Report on vaccination in the Province of Bengal - 1869-1873
Year: 1869
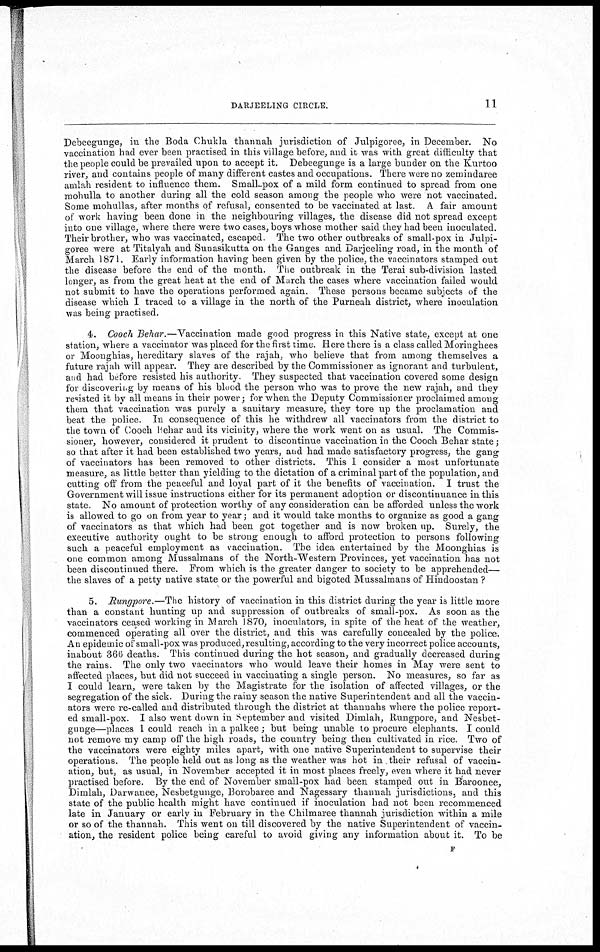
DARJEELING CIRCLE.
11
Debeegunge, in the Boda Chukla thannah jurisdiction of Julpigoree, in December. No
vaccination had ever been practised in this village before, and it was with great difficulty that
the people could be prevailed upon to accept it. Debeegunge is a large bunder on the Kurtoo
river, and contains people of many different castes and occupations. There were no zemindaree
amlah resident to influence them. Small-pox of a mild form continued to spread from one
mohulla to another during all the cold season among the people who were not vaccinated.
Some mohullas, after months of refusal, consented to be vaccinated at last. A fair amount
of work having been done in the neighbouring villages, the disease did not spread except
into one village, where there were two cases, boys whose mother said they had been inoculated.
Their brother, who was vaccinated, escaped. The two other outbreaks of small-pox in Julpi-
goree were at Titalyah and Sunasikutta on the Ganges and Darjeeling road, in the month of
March 1871. Early information having been given by the police, the vaccinators stamped out
the disease before the end of the month. The outbreak in the Terai sub-division lasted
longer, as from the great heat at the end of March the cases where vaccination failed would
not submit to have the operations performed again. These persons became subjects of the
disease which I traced to a village in the north of the Purneah district, where inoculation
was being practised.
4. Cooch Behar.—Vaccination made good progress in this Native state, except at one
station, where a vaccinator was placed for the first time. Here there is a class called Moringhees
or Moonghias, hereditary slaves of the rajah, who believe that from among themselves a
future rajah will appear. They are described by the Commissioner as ignorant and turbulent,
and had before resisted his authority. They suspected that vaccination covered some design
for discovering by means of his blood the person who was to prove the new rajah, and they
resisted it by all means in their power; for when the Deputy Commissioner proclaimed among
them that vaccination was purely a sanitary measure, they tore up the proclamation and
beat the police. In consequence of this he withdrew all vaccinators from the district to
the town of Cooch Behar and its vicinity, where the work went on as usual. The Commis-
sioner, however, considered it prudent to discontinue vaccination in the Cooch Behar state;
so that after it had been established two years, and had made satisfactory progress, the gang
of vaccinators has been removed to other districts. This I consider a most unfortunate
measure, as little better than yielding to the dictation of a criminal part of the population, and
cutting off from the peaceful and loyal part of it the benefits of vaccination. I trust the
Government will issue instructions either for its permanent adoption or discontinuance in this
state. No amount of protection worthy of any consideration can be afforded unless the work
is allowed to go on from year to year; and it would take months to organize as good a gang
of vaccinators as that which had been got together and is now broken up. Surely, the
executive authority ought to be strong enough to afford protection to persons following
such a peaceful employment as vaccination. The idea entertained by the Moonghias is
one common among Mussalmans of the North-Western Provinces, yet vaccination has not
been discontinued there. From which is the greater danger to society to be apprehended—
the slaves of a petty native state or the powerful and bigoted Mussalmans of Hindoostan ?
5. Rungpore.—The history of vaccination in this district during the year is little more
than a constant hunting up and suppression of outbreaks of small-pox. As soon as the
vaccinators ceased working in March 1870, moculators, in spite of the heat of the weather,
commenced operating all over the district, and this was carefully concealed by the police.
An epidemic of small-pox was produced, resulting, according to the very incorrect police accounts,
inabout 366 deaths. This continued during the hot season, and gradually decreased during
the rains. The only two vaccinators who would leave their homes in May were sent to
affected places, but did not succeed in vaccinating a single person. No measures, so far as
I could learn, were taken by the Magistrate for the isolation of affected villages, or the
segregation of the sick. During the rainy season the native Superintendent and all the vaccin-
ators were re-called and distributed through the district at thannahs where the police report-
ed small-pox. I also went down in September and visited Dimlah, Rungpore, and Nesbet-
gunge—places I could reach in a palkee; but being unable to procure elephants. I could
not remove my camp off the high roads, the country being then cultivated in rice. Two of
the vaccinators were eighty miles apart, with one native Superintendent to supervise their
operations. The people held out as long as the weather was hot in their refusal of vaccin-
ation, but, as usual, in November accepted it in most places freely, even where it had never
practised before. By the end of November small-pox had been stamped out in Baroonee,
Dimlah, Darwanee, Nesbetgunge, Borobaree and Nagessary thannah jurisdictions, and this
state of the public health might have continued if inoculation had not been recommenced
late in January or early in February in the Chilmaree thannah jurisdiction within a mile
or so of the thannah. This went on till discovered by the native Superintendent of vaccin-
ation, the resident police being careful to avoid giving any information about it. To be
F